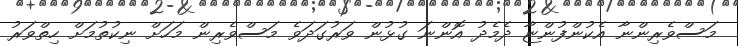
މަސްވެރިންނާ އެކުންފުންޏާ ދެމެދު އޮންނަ ގުޅުން ވަރުގަދަވެ މަސްވެރިން މަހަށް ނިކުތުމަށް ހިތްވަރު